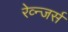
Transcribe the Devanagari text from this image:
रेव्न्जर्स